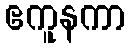
ဧကူနကာ